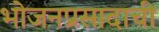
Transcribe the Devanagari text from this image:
भोजनप्रसादाची